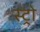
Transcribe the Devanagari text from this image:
स्ट्रो